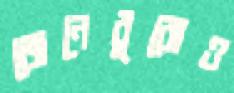
জেনেবুঝেও